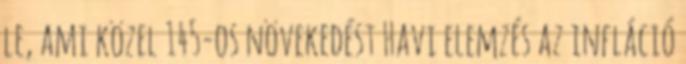
le, ami közel 145-os növekedést Havi elemzés az infláció